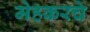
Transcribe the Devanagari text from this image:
मेहकरचे